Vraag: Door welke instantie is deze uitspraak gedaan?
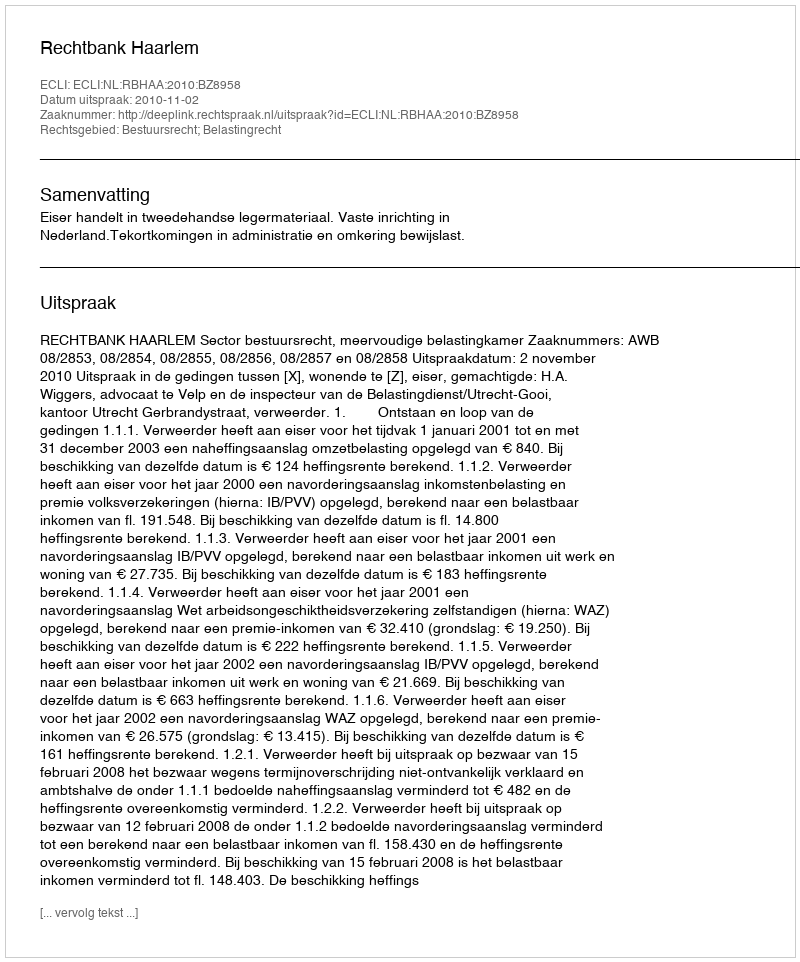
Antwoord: Rechtbank Haarlem